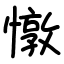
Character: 憞